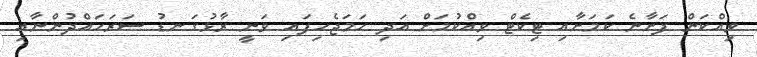
ވިއްކަން ފަށާނެ ކަމަށާއި ޓިކެޓް ވިއްކުމަށް އަދި ހަމަޖެހިފައި ވަނީ ރާޅުގަނޑު ސަރަހައްދުންނާއި